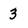
Character: 3